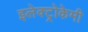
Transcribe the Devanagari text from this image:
इलेक्ट्रोकेमी